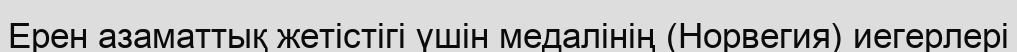
Ерен азаматтық жетістігі үшін медалінің (Норвегия) иегерлері